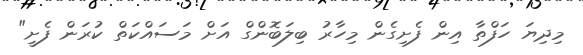
މިދިޔަ ހަފްތާ އިން ފެށިގެން މިހާރު ބިލަބޮންގް އަށް މަސައްކަތް ކުރަން ފެށީ"